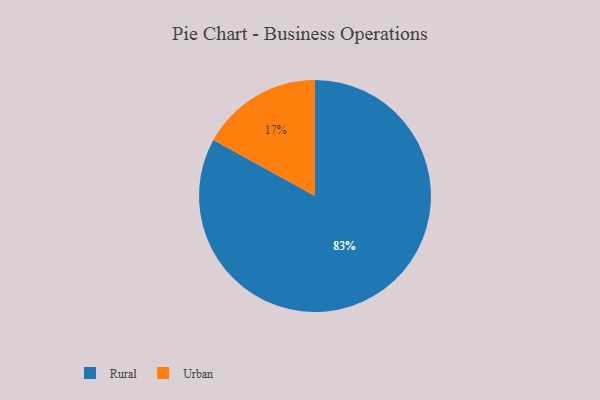
{"axis": {"x": "Category", "y": "Percentage"}, "legend": ["Rural", "Urban"], "data": [{"x": "Urban", "y": 17, "type": "Urban"}, {"x": "Rural", "y": 83, "type": "Rural"}]}